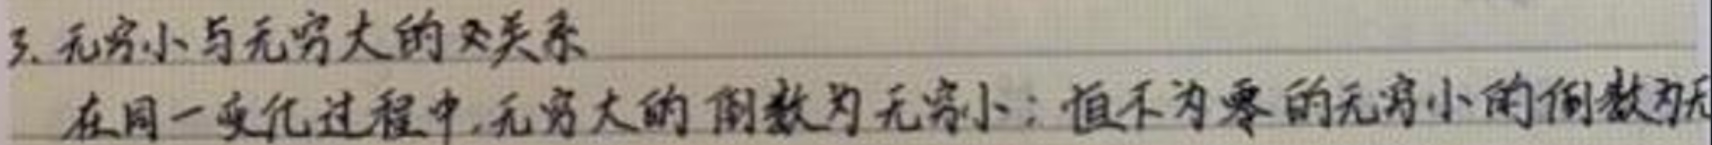
3. 无穷小与无穷大的关系

在同一变化过程中，无穷大的倒数为无穷小；值不为零的无穷小的倒数为无穷大。